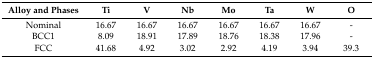
<table><thead><tr><td><b>Alloy and Phases</b></td><td><b>Ti</b></td><td><b>V</b></td><td><b>Nb</b></td><td><b>Mo</b></td><td><b>Ta</b></td><td><b>W</b></td><td><b>O</b></td></tr></thead><tbody><tr><td>Nominal</td><td>16.67</td><td>16.67</td><td>16.67</td><td>16.67</td><td>16.67</td><td>16.67</td><td>-</td></tr><tr><td>BCC1</td><td>8.09</td><td>18.91</td><td>17.89</td><td>18.76</td><td>18.38</td><td>17.96</td><td>-</td></tr><tr><td>FCC</td><td>41.68</td><td>4.92</td><td>3.02</td><td>2.92</td><td>4.19</td><td>3.94</td><td>39.3</td></tr></tbody></table>